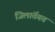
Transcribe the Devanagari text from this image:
जिलांर्तगत